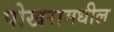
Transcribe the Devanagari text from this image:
पोखरामधील